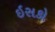
ઇસકો